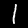
Label: 1